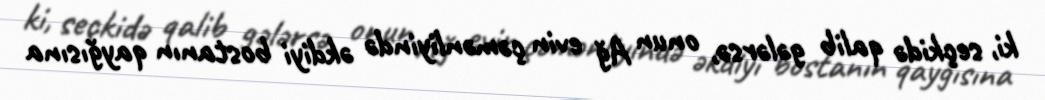
ki, seçkidə qalib gələrsə, onun Ağ evin çəmənliyində əkdiyi bostanın qayğısına